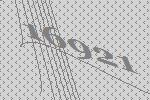
16921